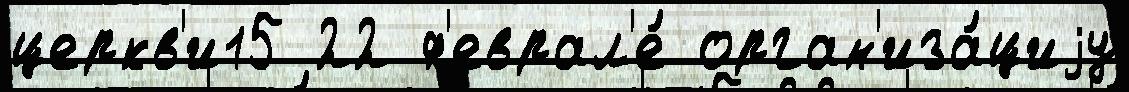
церкв'и15 22 ф'еврал'е́ орган'иза́циjу